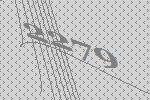
2279